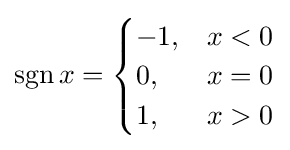
\operatorname {sgn} x={\begin{cases}-1,&x<0\\0,&x=0\\1,&x>0\end{cases}}